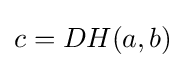
c=DH(a,b)